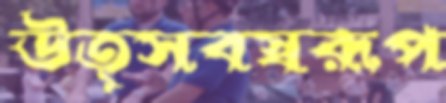
উত্সবস্বরূপ